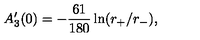
A _ { 3 } ^ { \prime } ( 0 ) = - { \frac { 6 1 } { 1 8 0 } } \ln ( r _ { + } / r _ { - } ) ,